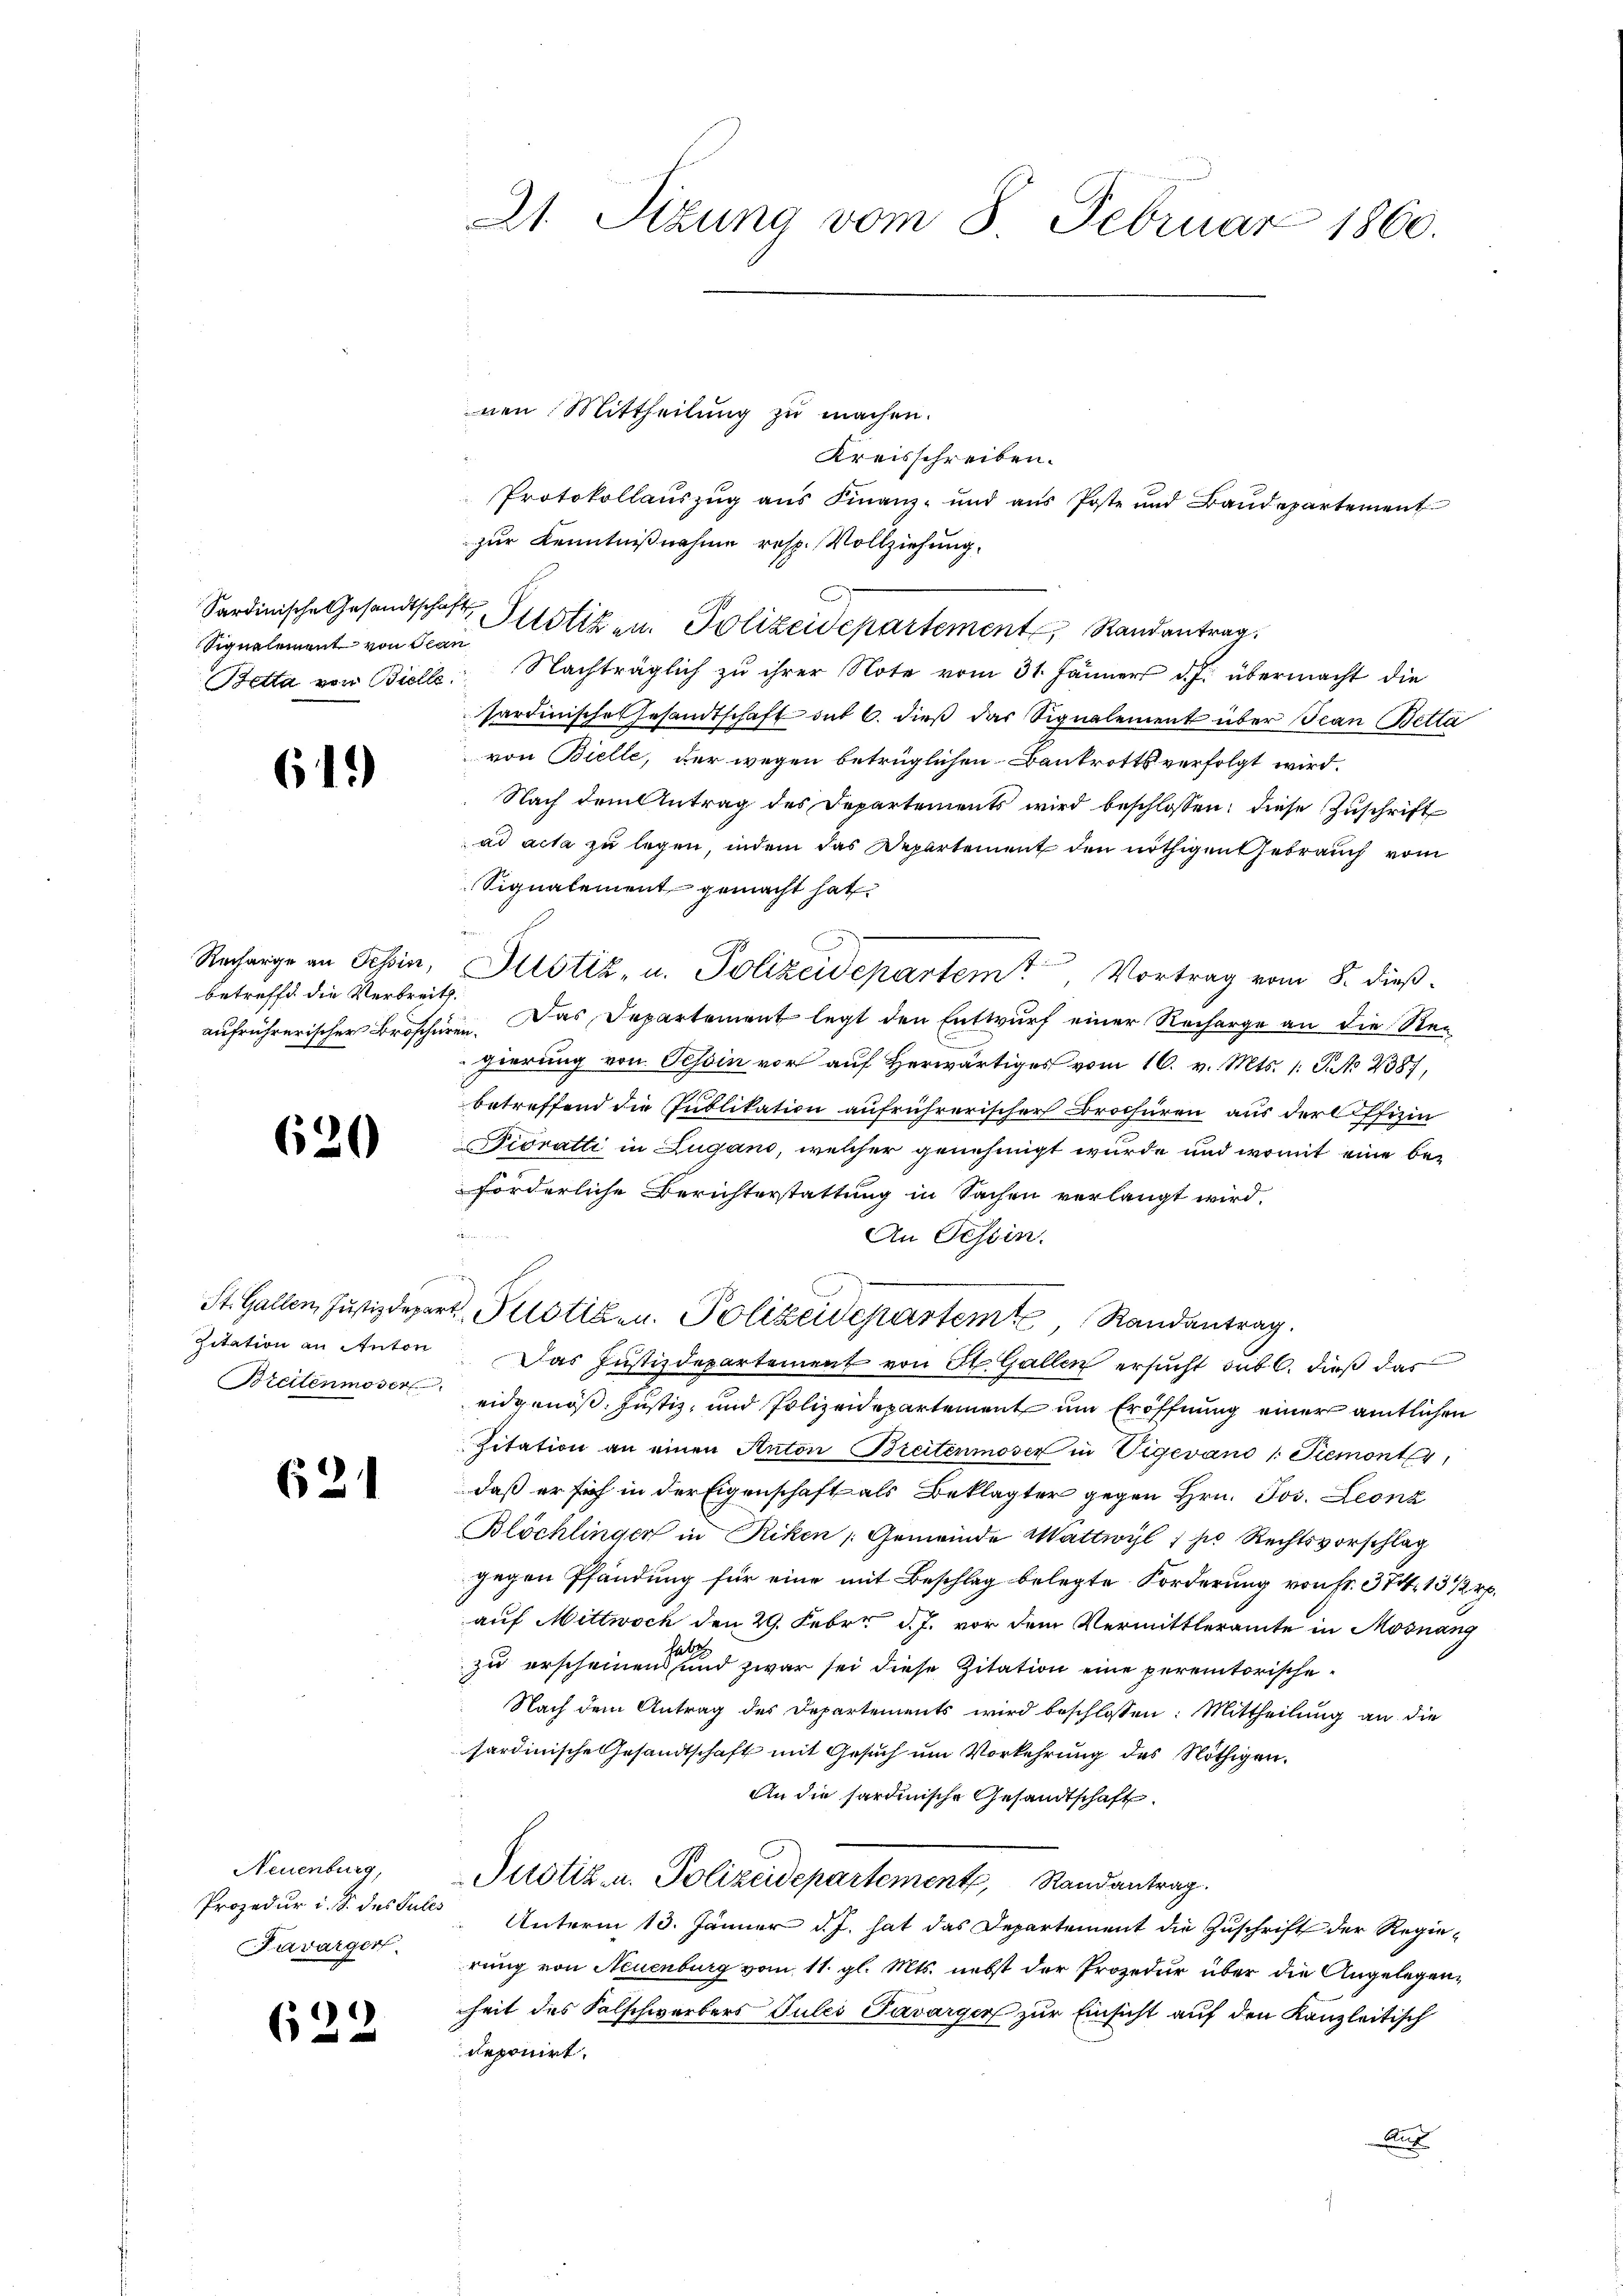
Signalement von Stan

61)

Recharge an Tessin,
betreffe die Verbreit.

620

Zitation an Anton

621

Neuenburg,
Favarger.

622

21. Sizung vom 8. Februar 1860.

nen Mittheilung zu machen.
Kreisschreiben.
Protokollauszug aus Finanz- und aus Poste und Baudepartement
zur Kenntnißnahme resp. Vollziehung.
Sardinische Gesandtschaft Petitiken. Polizeidepartement, Randantrag
Betta von Biell. Nachträglich zu ihrer Note vom 31. Jänners d. J. übermacht die
sardinisches Gesandtschaft aus 6. dieß das Signalement über Jean Betta
von Bielle, der wegen betrüglichen Bankrotts verfolgt wird.
Nach dem Antrag des Departements wird beschlossen, diese Zuschrift
ad acta zu legen, indem das Departement den nöthigen Gebrauch vom
Signalement gemacht hat
Justiz- u. Polizeidepartem Vortrag vom 8. dieß.
aufrührerischer Broschüren. Das Departement legt den Entwurf einer Recharge an die Regierung von Tessin vor auf herwärtiges vom 16. v. Mts. 1. G. No 2387,
betreffend die Publikation aufrührerischer Brochüren aus der Offizin
Dioratti in Zugano, welcher genehmigt wurde und womit eine beforderliche Berichterstattung in Sachen verlangt wird.
An Tessin.
St. Gallen, Justizdepart Pustiz- u. Polizeidepartem Randantrag.
Das Justizdepartement von St. Gallen ersucht sub 6. dieß das
Breitenmoser eidgenöß. Justiz- und Polizeidepartement um Eröffnung einer amtlichen
Zitation an einen Anton Breitenmoser in Vigevano /: Piemont,
daß er sich in der Eigenschaft als Beklagter gegen Hrn. Jos. Leonz
Blöchlinger in Riken Gemeinde Wattwyl 1s Rechtsvorschlag
gegen Pfändung für eine mit Beschlag belegte Forderung von Fr. 374, 13 1/2 Rp.
auf Mittwoch den 29. Feber d. J. vor dem Vermittleramte in Mosnang
sat
zu erscheinen, und zwar sei diese Zitation eine peremtorische¬
Nach dem Antrag des Departements wird beschlossen: Mittheilung an die
sardinische Gesandtschaft mit Gesuch um Vorkehrung des Nöthigen.
An die hardinische Gesandtschaft.
Justiz u. Polizeidepartement, Randantrag.
Prozedur i. S. des Falle Unterm 13. Jänner d. J. hat das Departement die Zuschrift der Regierung von Neuenburg vom 11. gl. Mts. nebst der Prozedur über die Angelegenheit des Falschwerbers Juli Pavarger zur Einsicht auf den Kanzleitisch
deponirt.
A